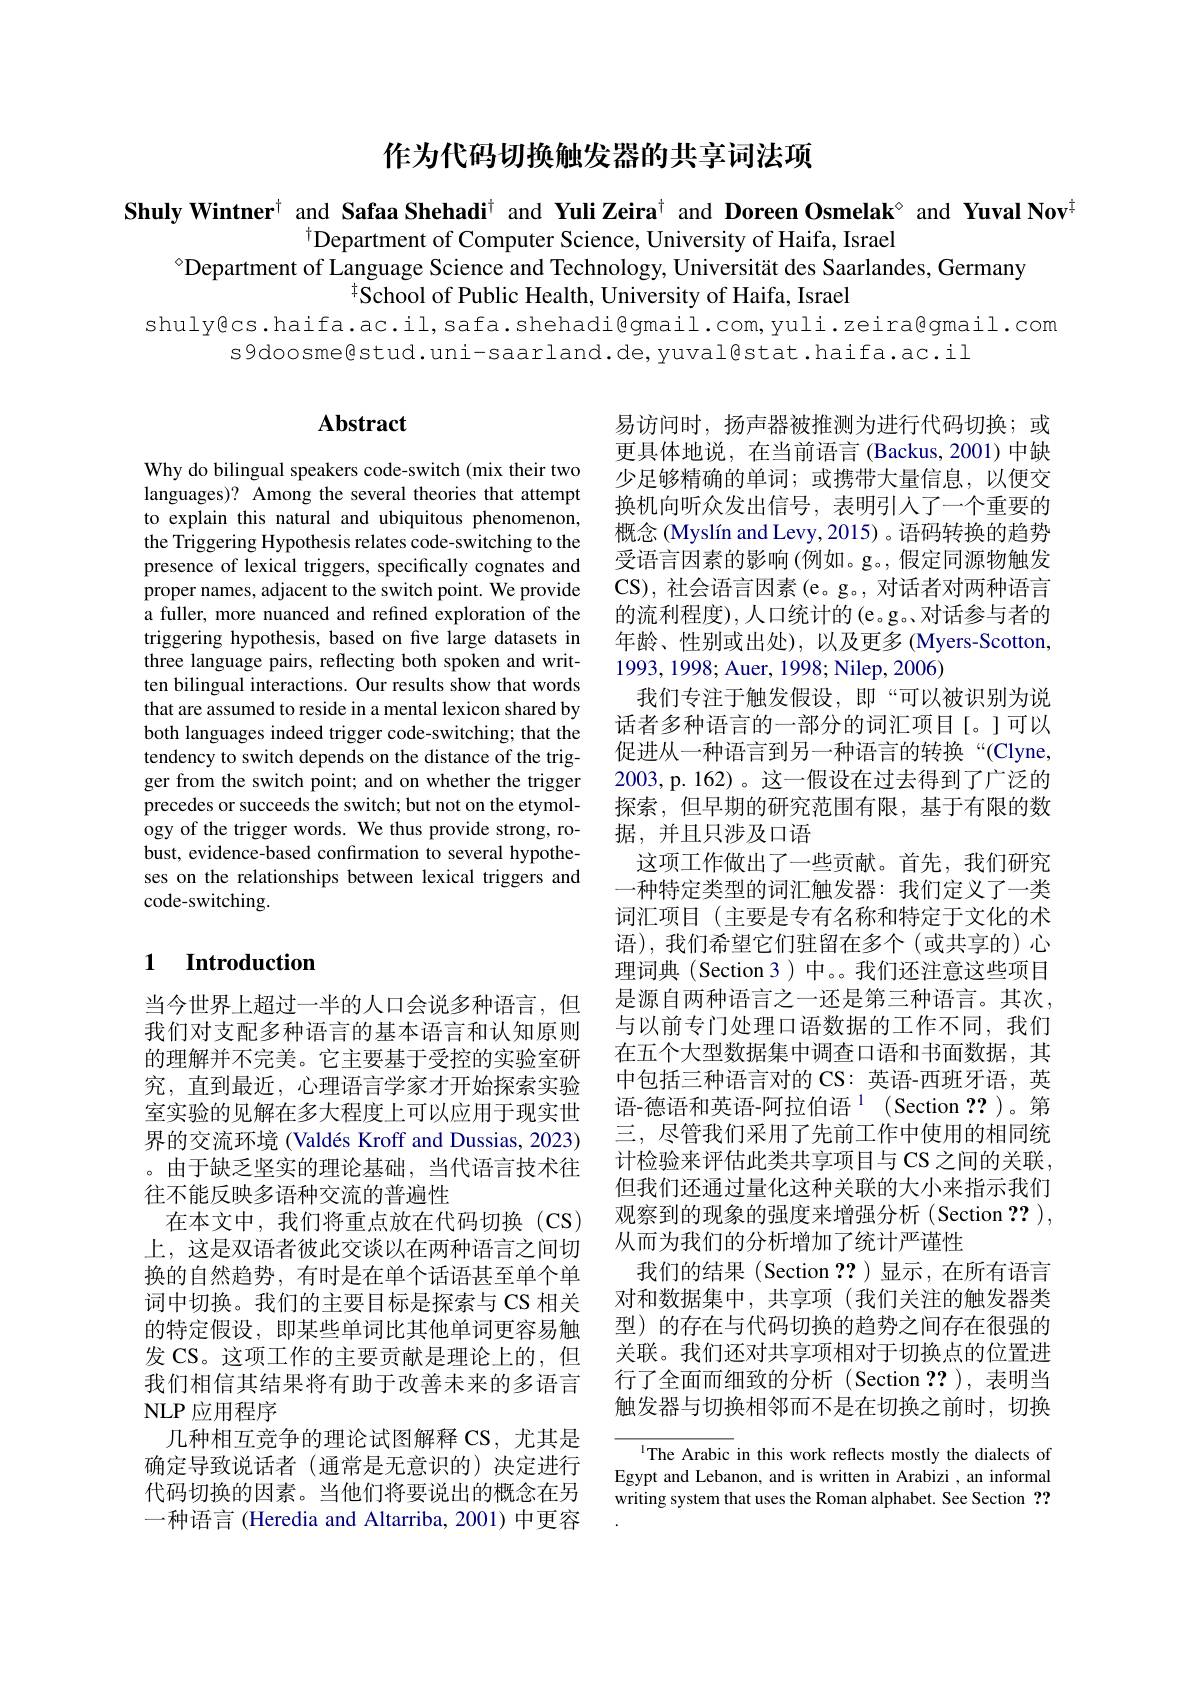
作为代码切换触发器的共享词法项

Shuly Wintner$^{+}$ and Safaa Shehadi$^{\dagger}$ and Yuli Zeira$^{\dagger}$ and Doreen Osmelak$^{\circ}$ and Yuval Nov$^{\dagger}$
$^{\dagger}$Department of Computer Science, University of Haifa, Israel
$^{\circ}$Department of Language Science and Technology, Universität des Saarlandes, Germany
$^{\dagger}\bar{\text{School of Public Health, University of Haifa, Israel}}$

shuly@cs.haifa.ac.il,safa.shehadi@gmail.com,yuli.zeira@gmail.com
s9doosme@stud.uni-saarland.de,yuval@stat.haifa.ac.il

### $\mathbf{Abstract}$

Why do bilingual speakers code-switch (mix their two languages)? Among the several theories that attempt to explain this natural and ubiquitous phenomenon, the Triggering Hypothesis relates code-switching to the presence of lexical triggers, specifically cognates and proper names, adjacent to the switch point. We provide a fuller, more nuanced and refined exploration of the triggering hypothesis, based on five large datasets in three language pairs, reflecting both spoken and written bilingual interactions. Our results show that words that are assumed to reside in a mental lexicon shared by both languages indeed trigger code-switching; that the tendency to switch depends on the distance of the trigger from the switch point; and on whether the trigger precedes or succeeds the switch; but not on the etymology of the trigger words. We thus provide strong, robust, evidence-based confrmation to several hypotheses on the relationships between lexical triggers and code-switching.

易访问时，扬声器被推测为进行代码切换；或更具体地说，在当前语言(Backus,2001)中缺少足够精确的单词；或携带大量信息，以便交换机向听众发出信号，表明引入了一个重要的概念 (Myslín and Levy, 2015) 。语码转换的趋势受语言因素的影响(例如。g。,假定同源物触发CS), 社会语言因素 (e。g。, 对话者对两种语言的流利程度),人口统计的(e。g。对话参与者的年龄、性别或出处),以及更多 (Myers-Scotton, 1993,1998; Auer, 1998; Nilep, 2006)
我们专注于触发假设，即“可以被识别为说话者多种语言的一部分的词汇项目[。]可以促进从一种语言到另一种语言的转换“(Clyne, 2003, p. 162)。这一假设在过去得到了广泛的探索，但早期的研究范围有限，基于有限的数据，并且只涉及口语
这项工作做出了一些贡献。首先，我们研究一种特定类型的词汇触发器：我们定义了一类词汇项目(主要是专有名称和特定于文化的术语),我们希望它们驻留在多个(或共享的)心理词典 (Section 3 ) 中。。我们还注意这些项目是源自两种语言之一还是第三种语言。其次， 与以前专门处理口语数据的工作不同，我们在五个大型数据集中调查口语和书面数据，其中包括三种语言对的 CS: 英语-西班牙语，英语-德语和英语-阿拉伯语$^{1}$(Section ??)。第三，尽管我们采用了先前工作中使用的相同统计检验来评估此类共享项目与 CS 之间的关联， 但我们还通过量化这种关联的大小来指示我们观察到的现象的强度来增强分析 (Section ?? ), 从而为我们的分析增加了统计严谨性
我们的结果(Section ??)显示，在所有语言对和数据集中，共享项(我们关注的触发器类型) 的存在与代码切换的趋势之间存在很强的关联。我们还对共享项相对于切换点的位置进行了全面而细致的分析(Section ??),表明当触发器与切换相邻而不是在切换之前时，切换
IThe Arabic in this work reflects mostly the dialects of

### 1 Introduction

当今世界上超过一半的人口会说多种语言，但我们对支配多种语言的基本语言和认知原则的理解并不完美。它主要基于受控的实验室研究，直到最近，心理语言学家才开始探索实验室实验的见解在多大程度上可以应用于现实世界的交流环境 (Valdés Kroff and Dussias, 2023) 。由于缺乏坚实的理论基础，当代语言技术往往不能反映多语种交流的普遍性
在本文中，我们将重点放在代码切换(CS) 上，这是双语者彼此交谈以在两种语言之间切换的自然趋势，有时是在单个话语甚至单个单词中切换。我们的主要目标是探索与 CS 相关的特定假设，即某些单词比其他单词更容易触发 CS。这项工作的主要贡献是理论上的，但我们相信其结果将有助于改善未来的多语言NLP 应用程序
几种相互竞争的理论试图解释 CS, 尤其是确定导致说话者(通常是无意识的)决定进行代码切换的因素。当他们将要说出的概念在另一种语言 (Heredia and Altarriba, 2001) 中更容

Egypt and Lebanon, and is written in Arabizi , an informal writing system that uses the Roman alphabet. See Section ??